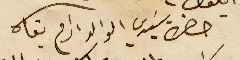
حضرة سَيدي الوالد ادام بقاه